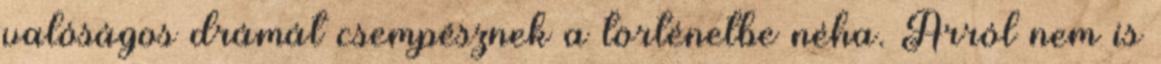
valóságos drámát csempésznek a történetbe néha. Arról nem is